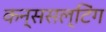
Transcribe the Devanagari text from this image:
कन्ससल्टिंग